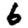
Digit: 6